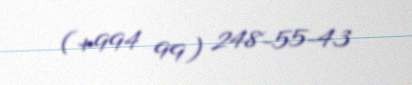
(+994 99) 248-55-43